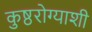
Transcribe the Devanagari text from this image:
कुष्ठरोग्याशी